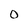
Character: O